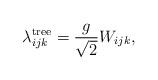
LaTeX: \begin{align*}\lambda_{ijk}^{\rm tree} = \frac{g}{\sqrt{2}}W_{ijk},\end{align*}